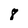
Character: 8